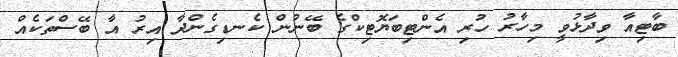
ބާޓިއާ ވިދާޅުވީ މިހާރު ހުރި އެންޓިބަޔޮޓިކްގެ ބޭނުން ކެނޑިގެންދާ އިރު އާ ބޭސްތަކެއް